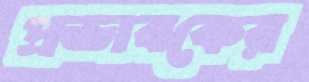
প্রভাবকের